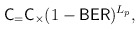
\begin{align*}\mathsf{C}_ = \mathsf{C}_ \times (1-\mathsf{BER})^{L_p}, \end{align*}